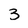
Character: 3